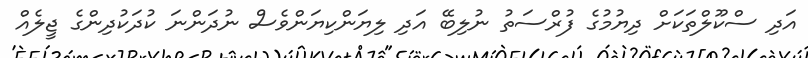
އަދި ސްކޫލްތަކަށް ދިޔުމުގެ ފުރްސަތު ނުލިބޭ އަދި ލިޔަންކިޔަންވެސް ނުދަންނަ ކުދަކުދިންގެ ޖީލެއް